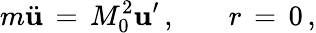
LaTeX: m\ddot{\mathbf u}\, =\, M_{0}^{2}{\mathbf u}^{\prime}\, {,}\qquad r\, =\, 0\, {,}